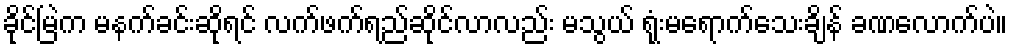
ခိုင်မြဲက မနက်ခင်းဆိုရင် လက်ဖက်ရည်ဆိုင်လာလည်း မသွယ် ရုံးမရောက်သေးချိန် ခဏလောက်ပဲ။